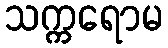
သက္ကရောမ